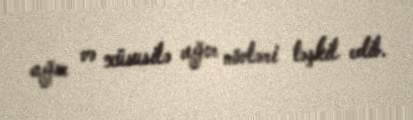
ağır və xüsusilə ağır növləri təşkil edib.